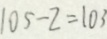
1 0 5 - 2 = 1 0 3